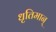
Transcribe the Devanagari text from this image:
धृतिमान्‌